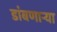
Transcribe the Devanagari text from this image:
डांबणार्‍या